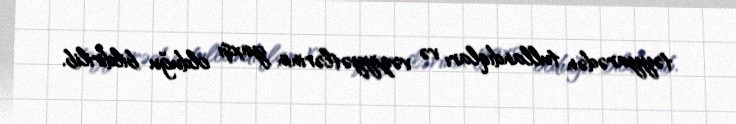
təyyarədən tullandıqları və vəziyyətlərinin yaxşı olduğu bildirilib.